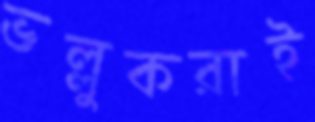
ভল্লুকরাই